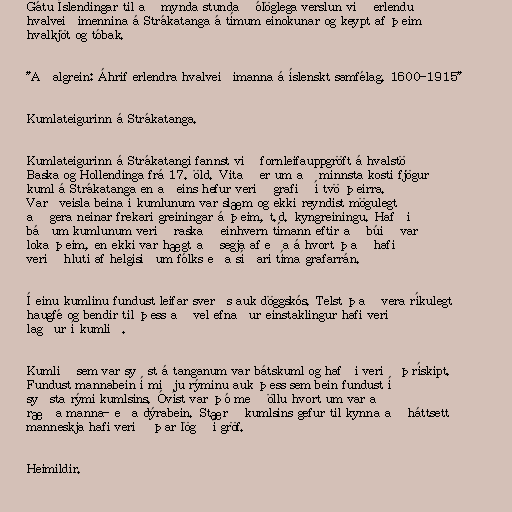
Gátu Íslendingar til að mynda stundað ólöglega verslun við erlendu
hvalveiðimennina á Strákatanga á tímum einokunar og keypt af þeim
hvalkjöt og tóbak.

"Aðalgrein: Áhrif erlendra hvalveiðimanna á íslenskt samfélag, 1600-1915"

Kumlateigurinn á Strákatanga.

Kumlateigurinn á Strákatangi fannst við fornleifauppgröft á hvalstöð
Baska og Hollendinga frá 17. öld. Vitað er um að minnsta kosti fjögur
kuml á Strákatanga en aðeins hefur verið grafið í tvö þeirra.
Varðveisla beina í kumlunum var slæm og ekki reyndist mögulegt
að gera neinar frekari greiningar á þeim, t.d. kyngreiningu. Hafði
báðum kumlunum verið raskað einhvern tímann eftir að búið var
loka þeim, en ekki var hægt að segja af eða á hvort það hafi
verið hluti af helgisiðum fólks eða síðari tíma grafarrán.

Í einu kumlinu fundust leifar sverðs auk döggskós. Telst það vera ríkulegt
haugfé og bendir til þess að vel efnaður einstaklingur hafi verið
lagður í kumlið.

Kumlið sem var syðst á tanganum var bátskuml og hafði verið þrískipt.
Fundust mannabein í miðju rýminu auk þess sem bein fundust í
syðsta rými kumlsins. Óvíst var þó með öllu hvort um var að
ræða manna- eða dýrabein. Stærð kumlsins gefur til kynna að háttsett
manneskja hafi verið þar lögð í gröf.

Heimildir.